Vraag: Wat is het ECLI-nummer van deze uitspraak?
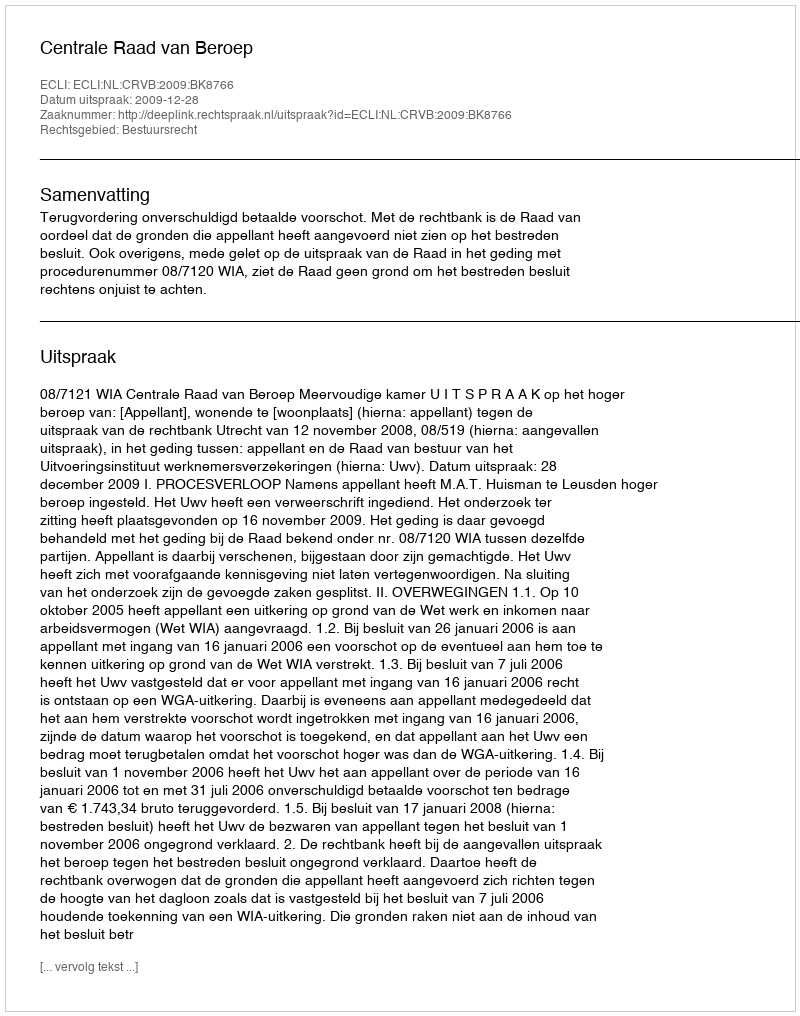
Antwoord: ECLI:NL:CRVB:2009:BK8766